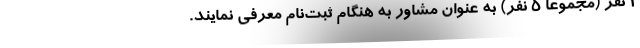
۱ نفر (مجموعا ۵ نفر) به عنوان مشاور به هنگام ثبت‌نام معرفی نمایند.